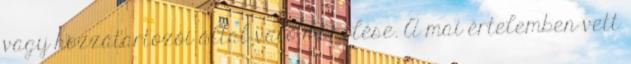
vagy hozzátartozói által való megölése. A mai értelemben vett